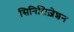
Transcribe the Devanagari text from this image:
सिनिसिज़ेशन